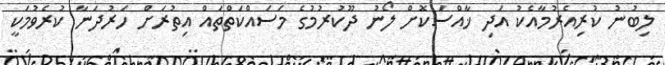
ލިބުނު ކުރިއެރުމާއެކު އަދި ޚާއްސަކޮށް ލޯނު ދޫކުރުމުގެ މަސައްކަތްތައް އިތުރަށް ހަރުދަނާ ކުރެވުމަކީ